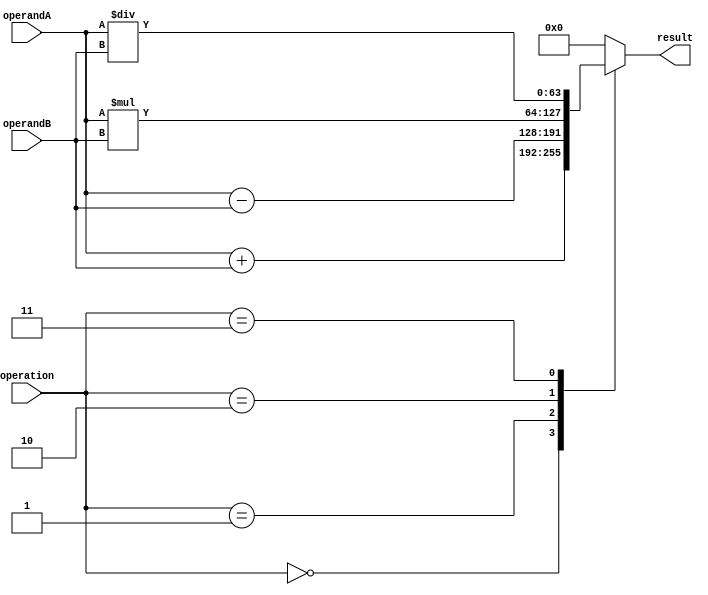
module ALU_64bit (
    input [63:0] operandA,
    input [63:0] operandB,
    input [2:0] operation,
    output reg [63:0] result
);

always @(*) begin
    case(operation)
        3'b000: result = operandA + operandB; // Addition operation
        3'b001: result = operandA - operandB; // Subtraction operation
        3'b010: result = operandA * operandB; // Multiplication operation
        3'b011: result = operandA / operandB; // Division operation
        default: result = 64'd0; // Default operation is set to 0
    endcase
end

endmodule